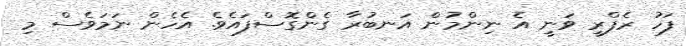
ފަހު ރެފްރީ ވަނީ އެ ނިންމުން އަނބުރާ ގެންގޮސްފައެވެ. އެހެން ނަމަވެސް މި